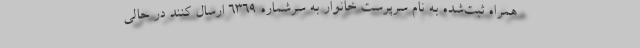
همراه ثبت‌شده به نام سرپرست خانوار به سرشماره 6369 ارسال کنند در حالی